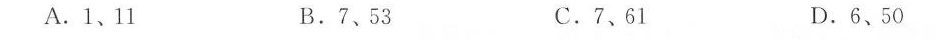
A.1、11 B.7、53 C.7、61 D.6、50